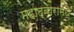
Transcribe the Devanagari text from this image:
महाद्वारामधे